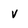
Character: v